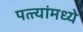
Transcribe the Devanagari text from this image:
पत्त्यांमध्ये